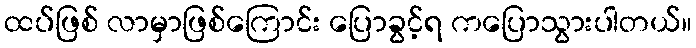
ထပ်ဖြစ် လာမှာဖြစ်ကြောင်း ပြောခွင့်ရ ကပြောသွားပါတယ်။